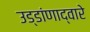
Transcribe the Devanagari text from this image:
उड्डांणाद्वारे